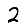
Digit: 2